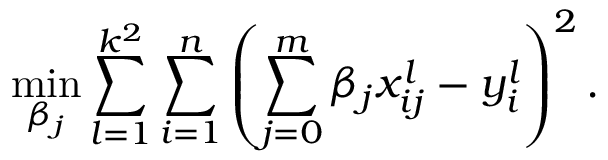
\underset { \beta _ { j } } { \operatorname* { m i n } } \sum _ { l = 1 } ^ { k ^ { 2 } } \sum _ { i = 1 } ^ { n } \left( \sum _ { j = 0 } ^ { m } \beta _ { j } x _ { i j } ^ { l } - y _ { i } ^ { l } \right) ^ { 2 } .